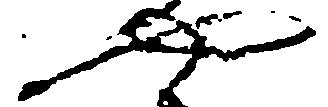
や